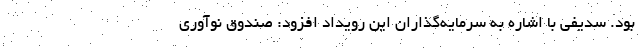
بود. سدیفی با اشاره به سرمایه‌گذاران این رویداد افزود: صندوق نوآوری